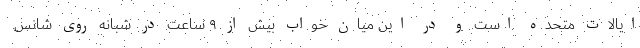
ایالات متحده است و در این میان خواب بیش از ۹ ساعت در شبانه روی شانس